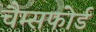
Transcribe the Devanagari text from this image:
चैम्सफोर्ड